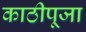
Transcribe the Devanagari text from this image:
काठीपूजा